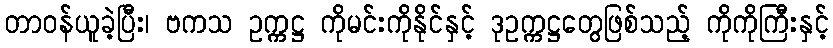
တာဝန်ယူခဲ့ပြီး၊ ဗကသ ဥက္ကဋ္ဌ ကိုမင်းကိုနိုင်နှင့် ဒုဥက္ကဋ္ဌတွေဖြစ်သည့် ကိုကိုကြီးနှင့်